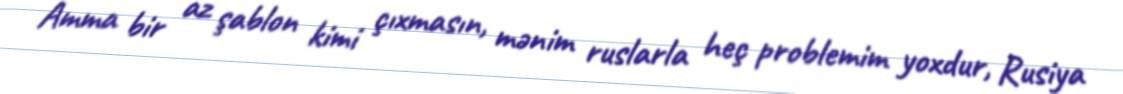
Amma bir az şablon kimi çıxmasın, mənim ruslarla heç problemim yoxdur, Rusiya